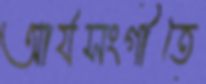
আর্যসংগীতে